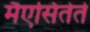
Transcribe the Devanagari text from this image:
मैएसितेते